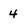
Character: 4